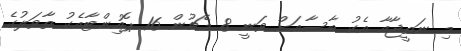
މި ނަތީޖާއާ އެކު ބާސާއަށް ވަނީ 8 މެޗުން 16 ޕޮއިންޓާއެކު ތާވަލުގެ